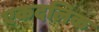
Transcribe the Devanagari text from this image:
एकदलिक